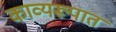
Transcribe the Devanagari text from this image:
काव्यरूपात